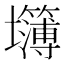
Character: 𰋅